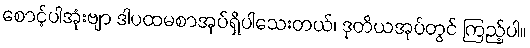
စောင့်ပါအုံးဗျာ ဒါပထမစာအုပ်ရှိပါသေးတယ်၊ ဒုတိယအုပ်တွင် ကြည့်ပါ။